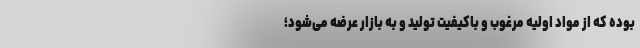
بوده که از مواد اولیه مرغوب و باکیفیت تولید و به بازار عرضه می‌شود؛